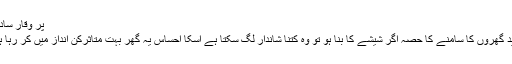
پُر وقار سادگی
جدید گھروں کا سامنے کا حصہ اگر شیشے کا بنا ہو تو وہ کتنا شاندار لگ سکتا ہے اسکا احساس یہ گھر بہت متاثرکن انداز میں کر رہا ہے۔